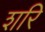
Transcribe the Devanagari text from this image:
शरि